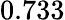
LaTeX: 0.733